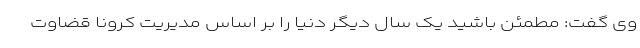
وی گفت: مطمئن باشید یک سال دیگر دنیا را بر اساس مدیریت کرونا قضاوت